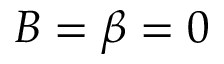
B = \beta = 0